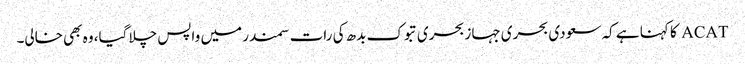
ACAT کا کہنا ہے کہ سعودی بحری جہاز بحری تبوک بدھ کی رات سمندر میں واپس چلا گیا، وہ بھی خالی۔